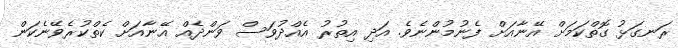
ރަނގަޅު ގޮތްކަމަށް އޭނާއަށް ފެނުމުންނެވެ. އަދި އިތުރު އެއްދުވަސް ވަންދެއް އޭނާއަށް ކެތްކުރެވޭނެކަން